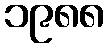
၁၉၈၈